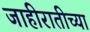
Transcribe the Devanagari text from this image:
जाहीरातीच्या